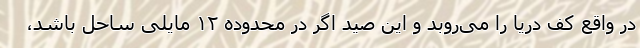
در واقع کف دریا را می‌روبد و این صید اگر در محدوده ۱۲ مایلی ساحل باشد،